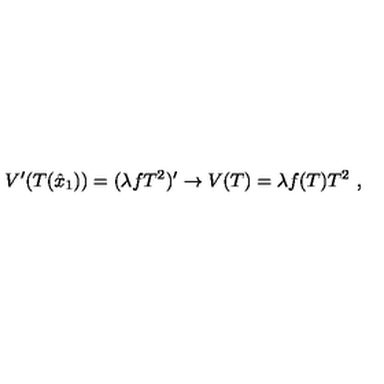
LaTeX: V ^ { \prime } ( T ( \hat { x } _ { 1 } ) ) = ( \lambda f T ^ { 2 } ) ^ { \prime } \rightarrow V ( T ) = \lambda f ( T ) T ^ { 2 } \ ,